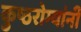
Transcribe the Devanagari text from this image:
कुष्ठरोग्यांनी